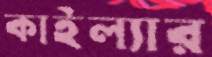
কাইল্যার